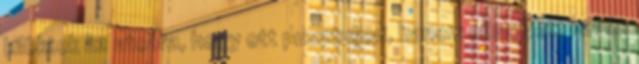
kilöktek az utcára, hogy ott pusztuljon, hanem elhagyott kevés